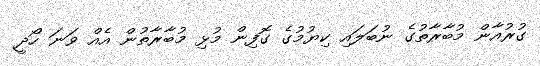
ގުރުއާން މުބާރާތުގެ ނުބަލައި ކިޔުމުގެ ގޮފިން މުޅި މުބާރާތުން އެއް ވަނަ ހޯދީ